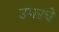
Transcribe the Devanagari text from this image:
उमरचे